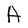
Character: A